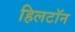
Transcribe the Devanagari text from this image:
हिलटॉन